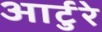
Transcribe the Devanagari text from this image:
आर्टुरे